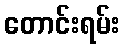
တောင်းရမ်း